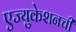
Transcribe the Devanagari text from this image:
एज्युकेशनची